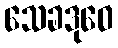
သေခဒုဝေ